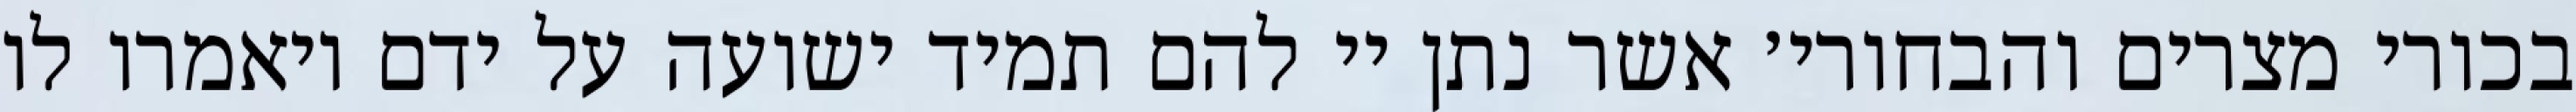
בכורי מצרים והבחורי׳ אשר נתן יי להם תמיד ישועה על ידם ויאמרו לו